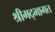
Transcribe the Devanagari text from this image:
श्रीमद्भागत